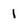
Character: I